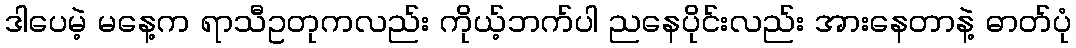
ဒါပေမဲ့ မနေ့က ရာသီဥတုကလည်း ကိုယ့်ဘက်ပါ ညနေပိုင်းလည်း အားနေတာနဲ့ ဓာတ်ပုံ